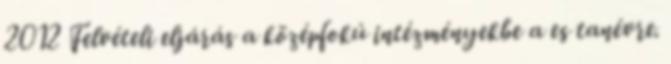
2012 Felvételi eljárás a középfokú intézményekbe a es tanévre.